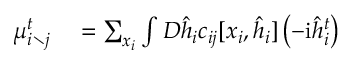
\begin{array} { r l } { \mu _ { i \setminus j } ^ { t } } & { { } = \sum _ { \boldsymbol { x } _ { i } } \int D \hat { \boldsymbol { h } } _ { i } c _ { i j } [ \boldsymbol { x } _ { i } , \hat { \boldsymbol { h } } _ { i } ] \left( - \mathrm { i } \hat { h } _ { i } ^ { t } \right) } \end{array}